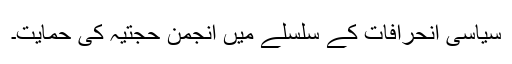
سیاسی انحرافات کے سلسلے میں انجمن حجتیہ کی حمایت۔